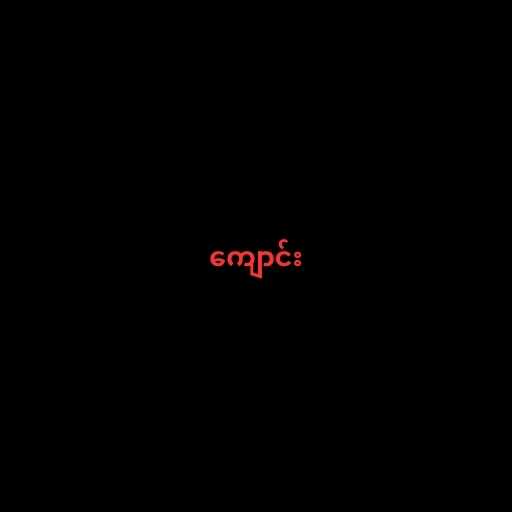
ကျောင်း